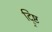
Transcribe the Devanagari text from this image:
द्र्ष्टि